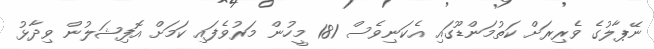
ނޭޕާލުގެ ވެރިރަށް ކަތުމަންޑޫގައި އެކަނިވެސް 181 މީހުން މަރުވެފައި ކަމަށް އޮފިޝަލުން ވިދާޅު